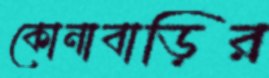
কোনাবাড়ির